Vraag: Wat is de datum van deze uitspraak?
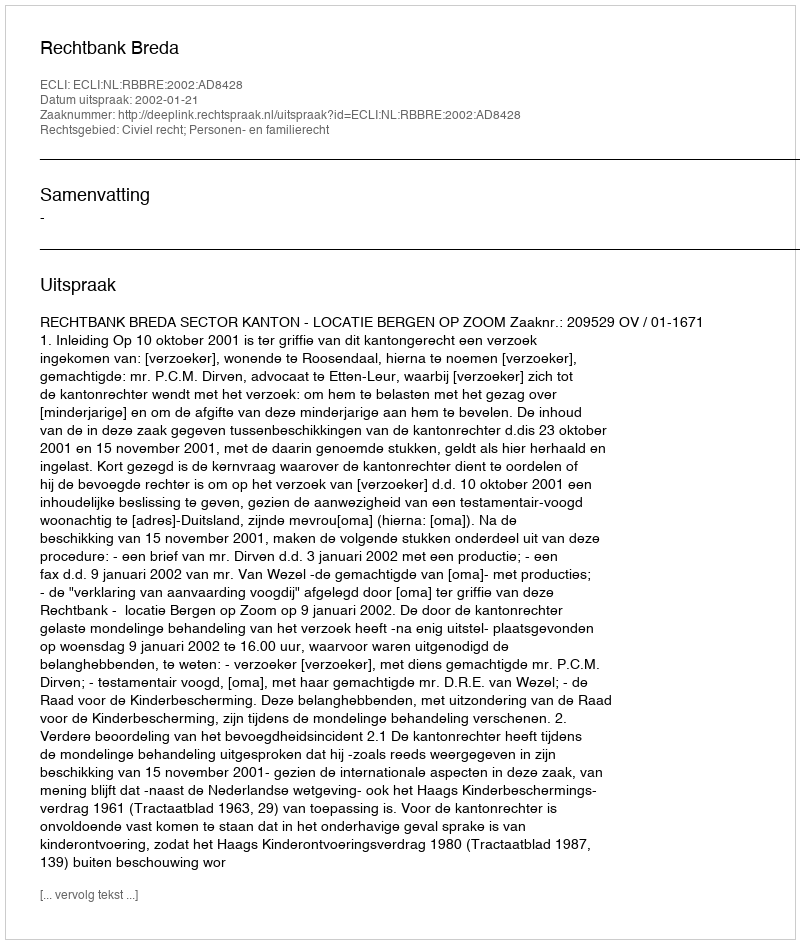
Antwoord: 2002-01-21